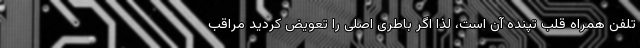
تلفن همراه قلب تپنده آن است، لذا اگر باطری اصلی را تعویض کردید مراقب